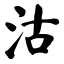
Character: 沽